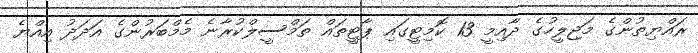
ރައްޔިތުންގެ މަޖިލީހުގެ ދާއިމީ 13 ކޮމިޓީގައި ޕާޓީތައް ތަމްސީލްކުރާނެ މެމްބަރުންގެ އަދަދު އިއްޔެ